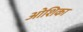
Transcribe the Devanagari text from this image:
ओशिका